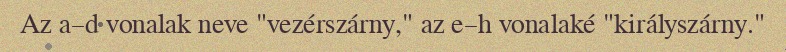
Az a–d vonalak neve "vezérszárny," az e–h vonalaké "királyszárny."